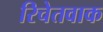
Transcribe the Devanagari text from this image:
रिचेतवाक